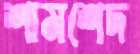
শামশেদ